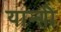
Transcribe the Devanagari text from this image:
यान्ग़ी